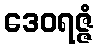
ဒေဝရဇ္ဇံ